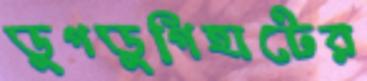
ডুগডুগিহাটের